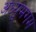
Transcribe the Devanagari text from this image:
अध्युमगम